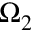
\Omega _ { 2 }